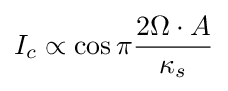
I_{c}\propto \cos \pi {\frac {2\Omega \cdot A}{\kappa _{s}}}